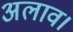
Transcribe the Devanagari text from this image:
अलाव।